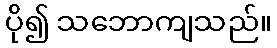
ပို၍ သဘောကျသည်။